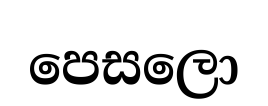
පෙසලො